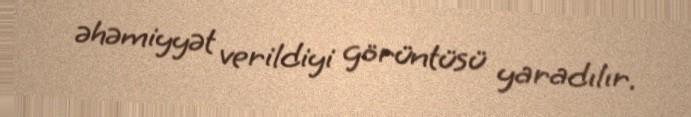
əhəmiyyət verildiyi görüntüsü yaradılır.